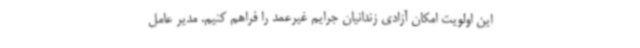
این اولویت امکان آزادی زندانیان جرایم غیرعمد را فراهم کنیم. مدیر عامل